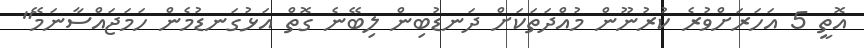
އޮތީ 5 އަހަރަށްވުރެ ކުރުނޫން މުއްދަތަކަށް ދަނޑުބިން ލިބޭނެ ގޮތް އަޅުގަނޑުމެން ހަމަޖައްސާނަމޭ"